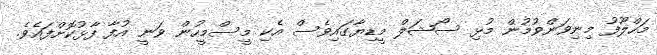
މަހްލޫފު މިނިވަންވުމުން މުޅި ސޯޝަލް މީޑިޔާގައިވެސް އެކި މީސްމީހުން ވަނީ އުފާ ފާޅުކޮށްފައެވެ.